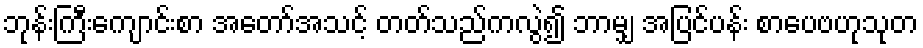
ဘုန်းကြီးကျောင်းစာ အတော်အသင့် တတ်သည်ကလွဲ၍ ဘာမျှ အပြင်ပန်း စာပေဗဟုသုတ